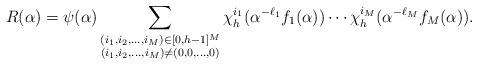
LaTeX: \begin{align*}R(\alpha) = \psi(\alpha) \sum_{\substack{(i_1,i_2,\ldots,i_{M}) \in [0,h-1]^{M} \\ (i_1,i_2,\dots,i_M)\neq (0,0,\ldots,0)}} \chi_h^{i_1}(\alpha^{-\ell_1}f_1(\alpha)) \cdots \chi_h^{i_M}(\alpha^{-\ell_M}f_M(\alpha)).\end{align*}